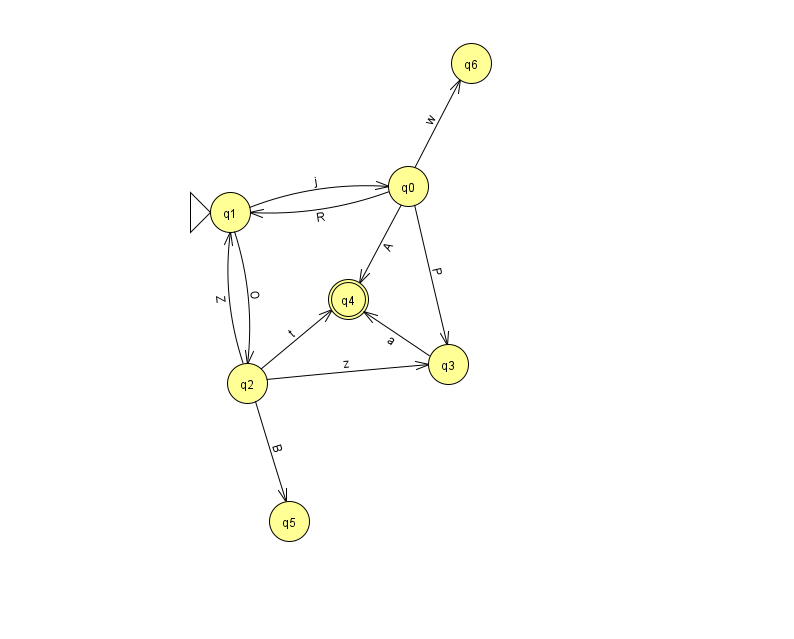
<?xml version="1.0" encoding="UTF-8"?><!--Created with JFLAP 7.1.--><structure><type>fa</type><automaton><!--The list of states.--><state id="0" name="q0"><x>408.0</x><y>173.0</y></state><state id="1" name="q1"><x>230.0</x><y>199.0</y><initial/></state><state id="2" name="q2"><x>247.0</x><y>370.0</y></state><state id="3" name="q3"><x>448.0</x><y>351.0</y></state><state id="4" name="q4"><x>348.0</x><y>286.0</y><final/></state><state id="5" name="q5"><x>289.0</x><y>508.0</y></state><state id="6" name="q6"><x>471.0</x><y>50.0</y></state><!--The list of transitions.--><transition><from>0</from><to>4</to><read>A</read></transition><transition><from>2</from><to>5</to><read>B</read></transition><transition><from>0</from><to>6</to><read>w</read></transition><transition><from>1</from><to>0</to><read>j</read></transition><transition><from>1</from><to>2</to><read>O</read></transition><transition><from>0</from><to>3</to><read>P</read></transition><transition><from>2</from><to>3</to><read>z</read></transition><transition><from>3</from><to>4</to><read>a</read></transition><transition><from>2</from><to>1</to><read>Z</read></transition><transition><from>0</from><to>1</to><read>R</read></transition><transition><from>2</from><to>4</to><read>t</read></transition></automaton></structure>